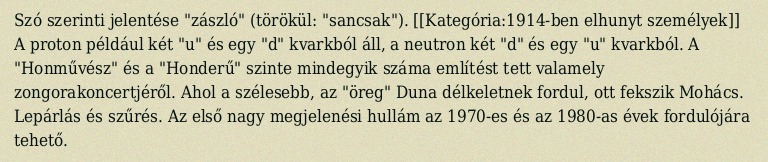
Szó szerinti jelentése "zászló" (törökül: "sancsak"). [[Kategória:1914-ben elhunyt személyek]] A proton például két "u" és egy "d" kvarkból áll, a neutron két "d" és egy "u" kvarkból. A "Honművész" és a "Honderű" szinte mindegyik száma említést tett valamely zongorakoncertjéről. Ahol a szélesebb, az "öreg" Duna délkeletnek fordul, ott fekszik Mohács. Lepárlás és szűrés. Az első nagy megjelenési hullám az 1970-es és az 1980-as évek fordulójára tehető.